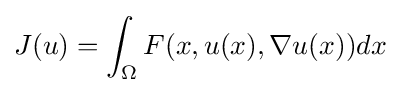
J(u)=\int _{\Omega }F(x,u(x),\nabla u(x))dx